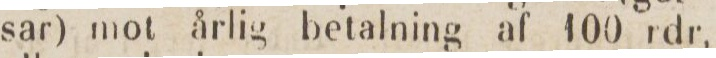
sar) mot årlig betalning af 100 rdr,